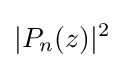
|P_{n}(z)|^{2}